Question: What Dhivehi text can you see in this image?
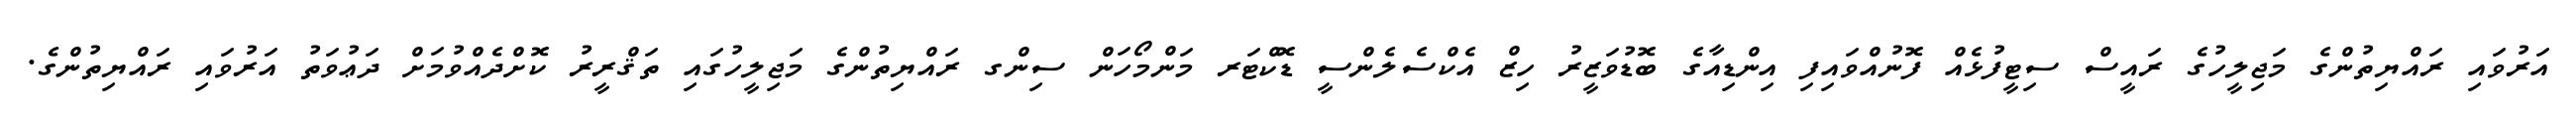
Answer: އަރުވައި ރައްޔިތުންގެ މަޖިލީހުގެ ރައީސް ސިޓީފުޅެއް ފޮނުއްވައިފި އިންޑިއާގެ ބޮޑުވަޒީރު ހިޒް އެކްސެލެންސީ ޑޮކްޓަރ މަންމޯހަން ސިންގ ރައްޔިތުންގެ މަޖިލީހުގައި ތަޤްރީރު ކޮށްދެއްވުމަށް ދަޢުވަތު އަރުވައި ރައްޔިތުންގެ.